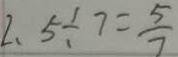
2 、 5 \div 7 = \frac { 5 } { 7 }